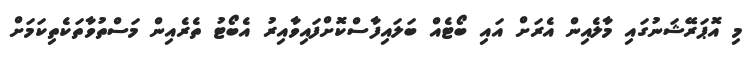
މި އޮޕަރޭޝަނުގައި މާލެއިން އެރަށް އައި ބޯޓެއް ބަލައިފާސްކޮށްފައިވާއިރު އެބޯޓު ތެރެއިން މަސްތުވާތަކެތިކަމަށް